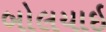
બોલયાઇ